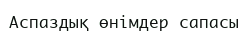
Аспаздық өнімдер сапасы